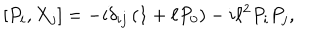
[ P _ { i } , { X } _ { j } ] = - i \delta _ { i j } \left( 1 + \ell P _ { 0 } \right) - i \ell ^ { 2 } P _ { i } P _ { j } ,